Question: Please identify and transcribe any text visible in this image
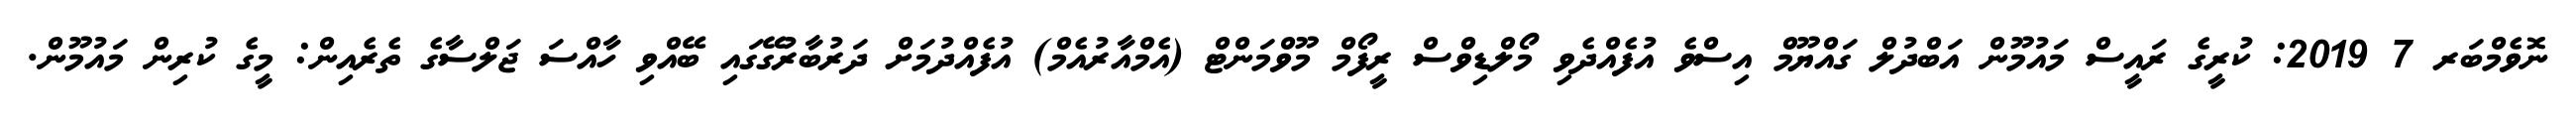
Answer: ނޮވެމްބަރ 7 2019: ކުރީގެ ރައީސް މައުމޫން އަބްދުލް ގައްޔޫމް އިސްވެ އުފެއްދެވި މޯލްޑިވްސް ރީފޯމް މޫވްމަންޓް (އެމްއާރުއެމް) އުފެއްދުމަށް ދަރުބާރުގޭގައި ބޭއްވި ހާއްސަ ޖަލްސާގެ ތެރެއިން: މީގެ ކުރިން މައުމޫން.